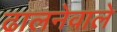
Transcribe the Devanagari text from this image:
ढालनेवाले